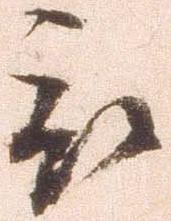
被